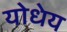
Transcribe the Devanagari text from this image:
योधेय